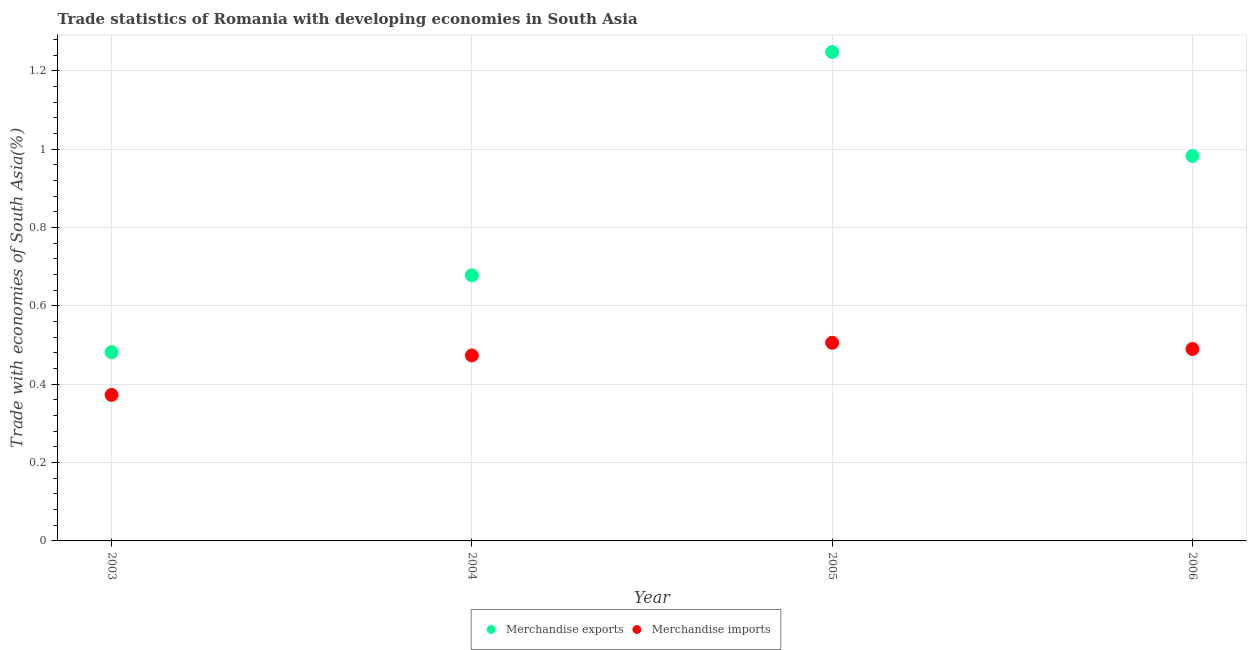
| Year | Merchandise exports | Merchandise imports |
 | --- | --- | --- |
 | 2003 | 0.482 | 0.373 |
 | 2004 | 0.678 | 0.474 |
 | 2005 | 1.25 | 0.506 |
 | 2006 | 0.983 | 0.49 |